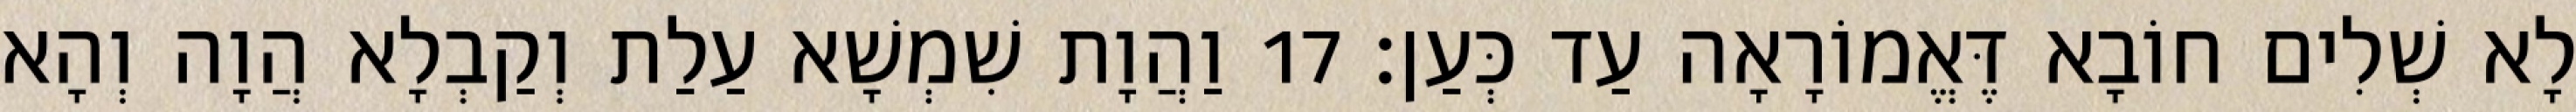
לָא שְׁלִים חוֹבָא דֶּאֱמוֹרָאָה עַד כְּעַן׃ 17 וַהֲוָת שִׁמְשָׁא עַלַת וְקַבְלָא הֲוָה וְהָא